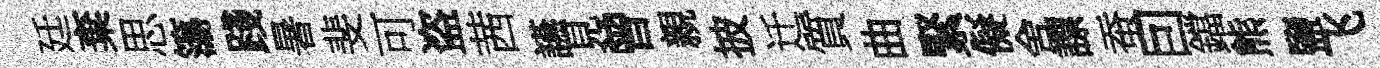
廷棄思簜踐暑斐可盗茜讌見曾親披迁質曲緊儗舍謤蚕囙鐺熊鹽飞